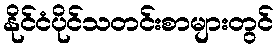
နိုင်ငံပိုင်သတင်းစာများတွင်